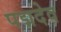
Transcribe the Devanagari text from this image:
पद्मदेव